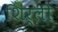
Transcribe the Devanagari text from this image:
शिर्ली